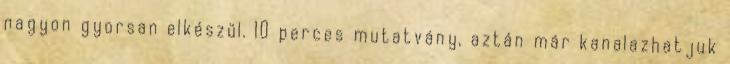
nagyon gyorsan elkészül. 10 perces mutatvány, aztán már kanalazhatjuk